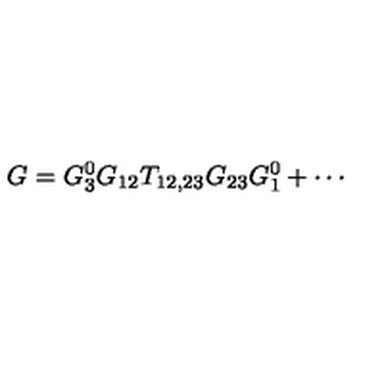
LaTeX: G = G _ { 3 } ^ { 0 } G _ { 1 2 } T _ { 1 2 , 2 3 } G _ { 2 3 } G _ { 1 } ^ { 0 } + \cdots